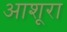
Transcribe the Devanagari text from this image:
आशूरा